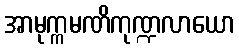
အာမုက္ကမဏိကုဏ္ဍလာယော